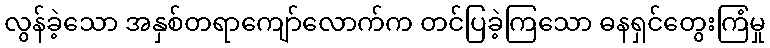
လွန်ခဲ့သော အနှစ်တရာကျော်လောက်က တင်ပြခဲ့ကြသော ဓနရှင်တွေးကြံမှု